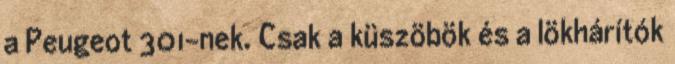
a Peugeot 301-nek. Csak a küszöbök és a lökhárítók